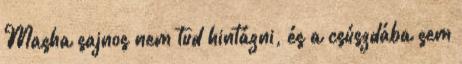
Masha sajnos nem tud hintázni, és a csúszdába sem